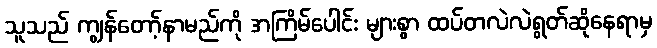
သူသည် ကျွန်တော့်နာမည်ကို အကြိမ်ပေါင်း များစွာ ထပ်တလဲလဲရွတ်ဆိုနေရာမှ